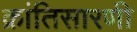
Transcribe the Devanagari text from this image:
क्रांतिसारणी